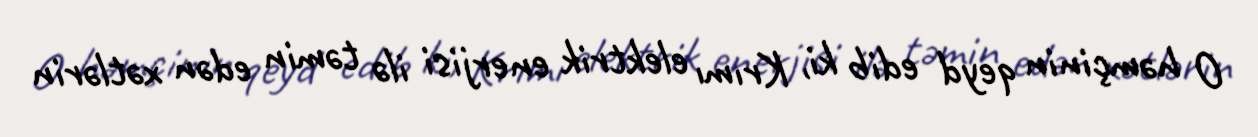
O həmçinin qeyd edib ki, Krımı elektrik enerjisi ilə təmin edən xətlərin